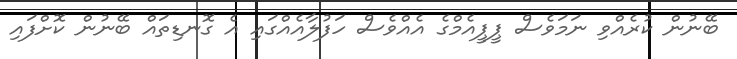
ބޭނުން ކުރެއްވި ނަމަވެސް ޕީޕީއެމްގެ އެއްވެސް ހަފުލާއެއްގައި އެ ގޮނޑިތައް ބޭނުން ކޮށްފައި